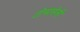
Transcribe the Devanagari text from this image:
टोमासेली